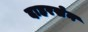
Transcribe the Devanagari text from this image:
दाहरसेन